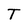
Character: T